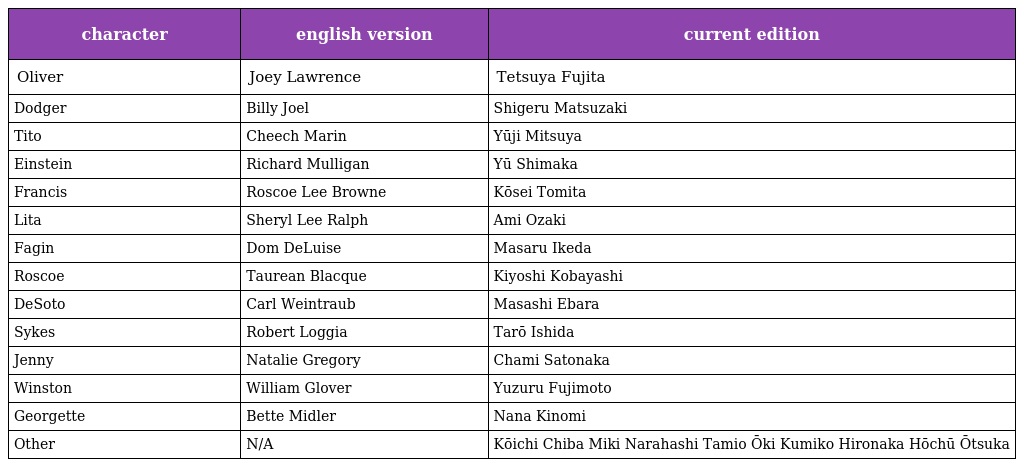
| character | english version | current edition |
 | --- | --- | --- |
 | Oliver | Joey Lawrence | Tetsuya Fujita |
 | Dodger | Billy Joel | Shigeru Matsuzaki |
 | Tito | Cheech Marin | Yūji Mitsuya |
 | Einstein | Richard Mulligan | Yū Shimaka |
 | Francis | Roscoe Lee Browne | Kōsei Tomita |
 | Lita | Sheryl Lee Ralph | Ami Ozaki |
 | Fagin | Dom DeLuise | Masaru Ikeda |
 | Roscoe | Taurean Blacque | Kiyoshi Kobayashi |
 | DeSoto | Carl Weintraub | Masashi Ebara |
 | Sykes | Robert Loggia | Tarō Ishida |
 | Jenny | Natalie Gregory | Chami Satonaka |
 | Winston | William Glover | Yuzuru Fujimoto |
 | Georgette | Bette Midler | Nana Kinomi |
 | Other | N/A | Kōichi Chiba Miki Narahashi Tamio Ōki Kumiko Hironaka Hōchū Ōtsuka |